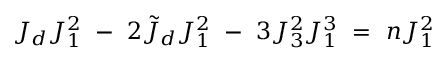
J _ { d } J _ { 1 } ^ { 2 } \ - \ 2 \tilde { J } _ { d } J _ { 1 } ^ { 2 } \ - \ 3 J _ { 3 } ^ { 2 } J _ { 1 } ^ { 3 } \ = \ n J _ { 1 } ^ { 2 }